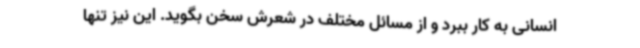
انسانی به کار ببرد و از مسائل مختلف در شعرش سخن بگوید. این نیز تنها